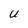
Character: U